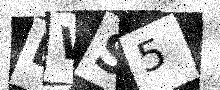
Text: EWS5